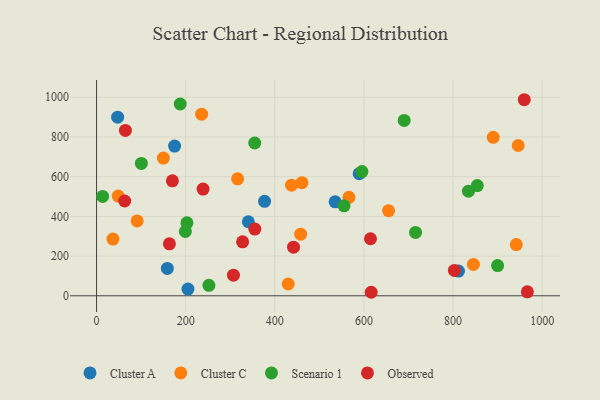
{"axis": {"x": "Study Hours", "y": "Demand"}, "legend": ["Cluster A", "Cluster C", "Observed", "Scenario 1"], "data": [{"x": "158.8", "y": 137.6, "type": "Cluster A"}, {"x": "377.0", "y": 475.7, "type": "Cluster A"}, {"x": "175.1", "y": 754.0, "type": "Cluster A"}, {"x": "589.4", "y": 615.4, "type": "Cluster A"}, {"x": "47.3", "y": 899.8, "type": "Cluster A"}, {"x": "340.6", "y": 373.1, "type": "Cluster A"}, {"x": "812.2", "y": 124.5, "type": "Cluster A"}, {"x": "205.1", "y": 34.0, "type": "Cluster A"}, {"x": "535.4", "y": 473.3, "type": "Cluster A"}, {"x": "566.4", "y": 495.9, "type": "Cluster C"}, {"x": "845.7", "y": 157.8, "type": "Cluster C"}, {"x": "91.1", "y": 376.9, "type": "Cluster C"}, {"x": "430.1", "y": 59.5, "type": "Cluster C"}, {"x": "941.9", "y": 258.0, "type": "Cluster C"}, {"x": "890.2", "y": 798.3, "type": "Cluster C"}, {"x": "36.8", "y": 285.6, "type": "Cluster C"}, {"x": "235.8", "y": 914.9, "type": "Cluster C"}, {"x": "316.5", "y": 589.0, "type": "Cluster C"}, {"x": "946.2", "y": 757.0, "type": "Cluster C"}, {"x": "48.6", "y": 502.2, "type": "Cluster C"}, {"x": "437.5", "y": 557.1, "type": "Cluster C"}, {"x": "461.0", "y": 569.6, "type": "Cluster C"}, {"x": "458.0", "y": 310.2, "type": "Cluster C"}, {"x": "655.3", "y": 428.6, "type": "Cluster C"}, {"x": "149.9", "y": 693.9, "type": "Cluster C"}, {"x": "100.5", "y": 666.9, "type": "Scenario 1"}, {"x": "690.3", "y": 883.4, "type": "Scenario 1"}, {"x": "202.8", "y": 367.4, "type": "Scenario 1"}, {"x": "199.3", "y": 323.9, "type": "Scenario 1"}, {"x": "354.9", "y": 769.7, "type": "Scenario 1"}, {"x": "900.0", "y": 152.1, "type": "Scenario 1"}, {"x": "13.6", "y": 500.5, "type": "Scenario 1"}, {"x": "595.5", "y": 625.6, "type": "Scenario 1"}, {"x": "187.7", "y": 966.2, "type": "Scenario 1"}, {"x": "854.4", "y": 555.0, "type": "Scenario 1"}, {"x": "252.1", "y": 52.5, "type": "Scenario 1"}, {"x": "834.6", "y": 527.2, "type": "Scenario 1"}, {"x": "715.8", "y": 319.3, "type": "Scenario 1"}, {"x": "555.4", "y": 453.4, "type": "Scenario 1"}, {"x": "803.0", "y": 127.7, "type": "Observed"}, {"x": "355.1", "y": 336.3, "type": "Observed"}, {"x": "64.7", "y": 833.2, "type": "Observed"}, {"x": "163.5", "y": 261.6, "type": "Observed"}, {"x": "442.0", "y": 245.0, "type": "Observed"}, {"x": "616.3", "y": 17.7, "type": "Observed"}, {"x": "966.8", "y": 19.9, "type": "Observed"}, {"x": "959.8", "y": 987.7, "type": "Observed"}, {"x": "63.1", "y": 477.6, "type": "Observed"}, {"x": "170.2", "y": 579.0, "type": "Observed"}, {"x": "614.7", "y": 287.4, "type": "Observed"}, {"x": "307.2", "y": 103.9, "type": "Observed"}, {"x": "327.7", "y": 271.7, "type": "Observed"}, {"x": "239.0", "y": 537.7, "type": "Observed"}]}